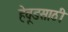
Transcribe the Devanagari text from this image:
हेवूडसाठी